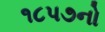
૧૮પ૭નો